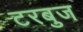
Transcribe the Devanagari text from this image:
टरबुज